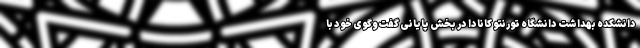
دانشکده بهداشت دانشگاه تورنتو کانادا در بخش پایانی گفت‌وگوی خود با